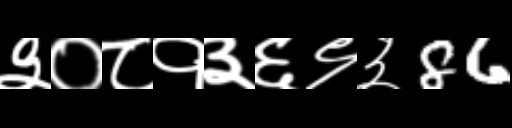
Text: ३०८१३६९३86